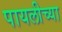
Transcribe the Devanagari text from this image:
पायलीच्या